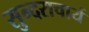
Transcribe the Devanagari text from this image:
सुन्दराचार्य